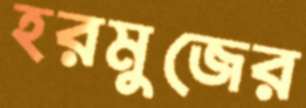
হরমুজের